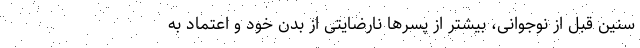
سنین قبل از نوجوانی، بیشتر از پسرها نارضایتی از بدن خود و اعتماد به